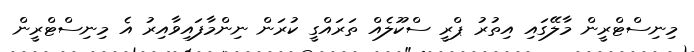
މިނިސްޓްރީން މާލޭގައި އިތުރު ޕްރީ ސްކޫލެއް ތަރައްގީ ކުރަން ނިންމާފައިވާއިރު އެ މިނިސްޓްރީން